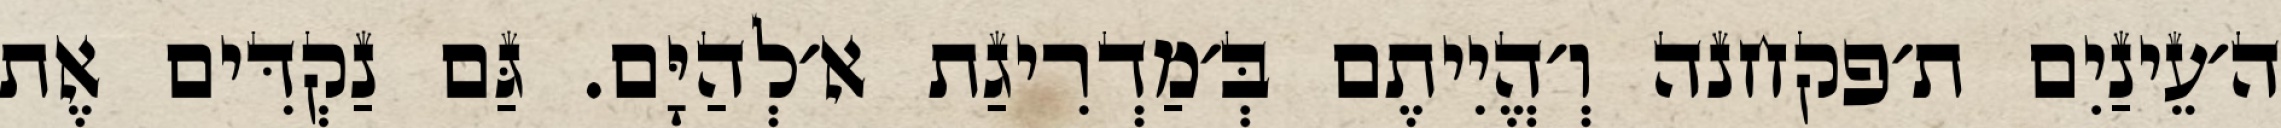
ה׳עֵינַיִם ת׳פקחנה וְ׳הֱיִיתֶם בְּ׳מַדְרִיגַת א׳לְהַיָּם. גַּם נַקְדִּים אֶת